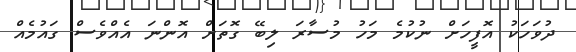
ދުވަހަކު އޮފީހަށް ނުކުމެ މަހު މުސާރަ ލިބޭ ގޮތަށް އޮންނަ އެއްވެސް ގައުމެއް